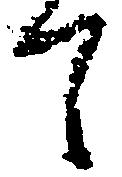
て